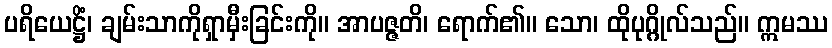
ပရိယေဋ္ဌိံ၊ ချမ်းသာကိုရှာမှီးခြင်းကို။ အာပဇ္ဇတိ၊ ရောက်၏။ သော၊ ထိုပုဂ္ဂိုလ်သည်။ ဣမဿ